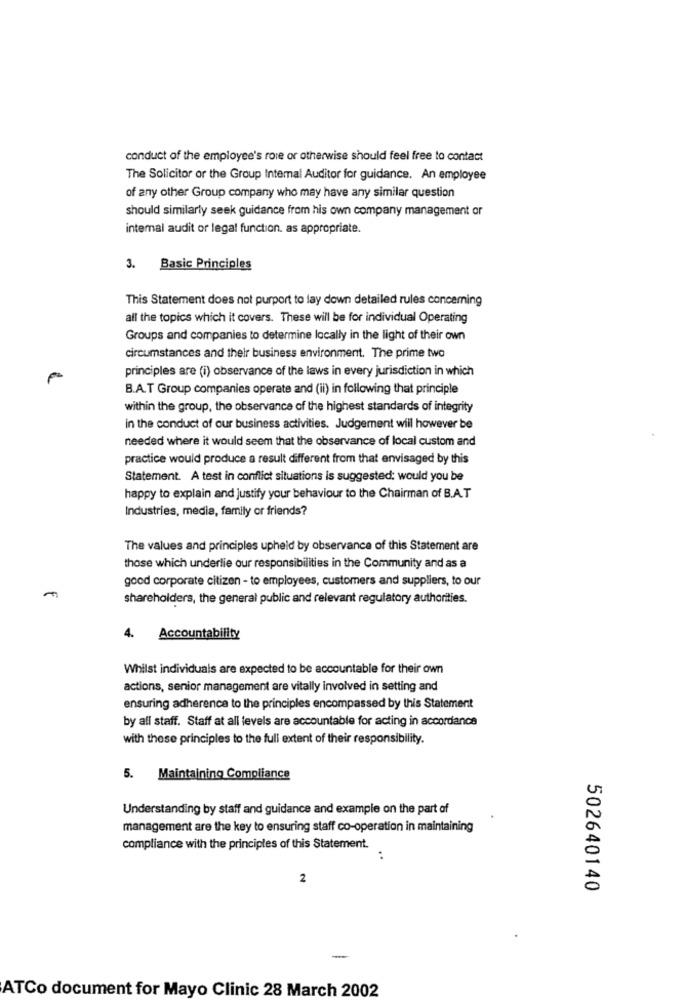
conduct of the employee's rore or otherwise should feel free to contact
The Solicitor or the Group Internal Auditor for guidance. An employee
of any other Group company who may have any similar question
should similarly seek guidance from his own company management or
internal audit or legal function. as appropriate.
3. Basic Principles
This Statement does not purport to lay down detailed rules concerning
all the topics which it covers. These will be for individual Operating
Groups and companies to determine locally in the light of their own
circumstances and their business environment. The prime two
principles are (i) observance of the laws in every jurisdiction in which
B.A.T Group companies operate and (ii) in following that principle
within the group, the observance of the highest standards of integrity
in the conduct of our business activities. Judgement will however be
needed where it would seem that the observance of local custom and
practice would produce a result different from that envisaged by this
Statement. A test in conflict situations is suggested: would you be
happy to explain and justify your behaviour to the Chairman of B.A.T
Industries, media, family or friends?
The values and principles upheld by observance of this Statement are
those which underlie our responsibilities in the Community and as a
good corporate citizen - to employees, customers and suppliers, to our
shareholders, the general public and relevant regulatory authorities.
4. Accountability
Whilst individuals are expected to be accountable for their own
actions, senior management are vitally involved in setting and
ensuring adherence to the principles encompassed by this Statement
by all staff. Staff at all levels are accountable for acting in accordance
with these principles to the full extent of their responsibility.
5. Maintaining Compliance
Understanding by staff and guidance and example on the part of
management are the key to ensuring staff co-operation in maintaining
compliance with the principles of this Statement.
..
2
502640140
-
ATCo document for Mayo Clinic 28 March 2002